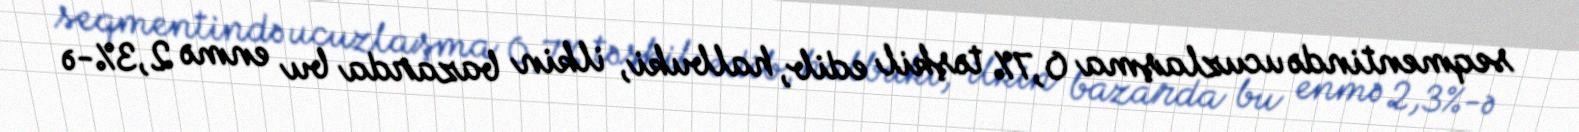
seqmentində ucuzlaşma 0,7% təşkil edib, halbuki, ilkin bazarda bu enmə 2,3%-ə